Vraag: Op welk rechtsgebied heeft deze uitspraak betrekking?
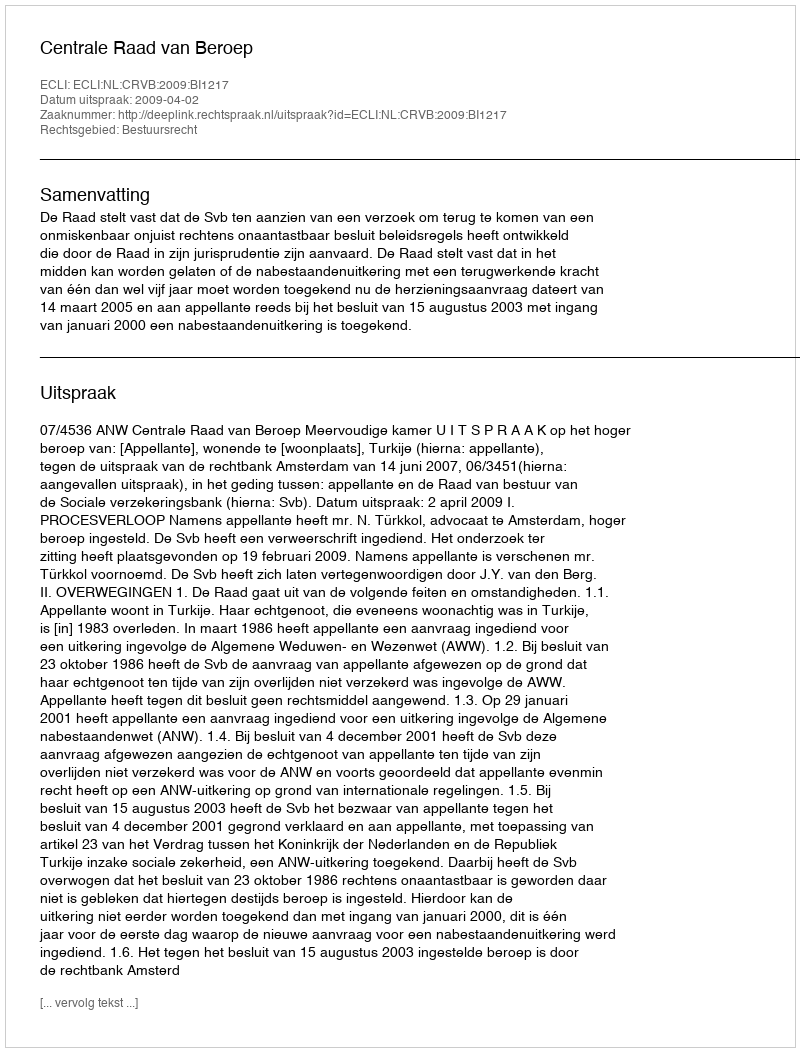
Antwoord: Bestuursrecht